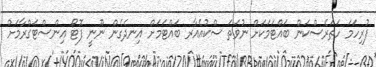
ފުރިހަމަ ހަތަރެސްކަން ބައްޓަމަކަށް ނުވަތަ ސްކުއެއާރ ބައްޓަމަށް އިނދެގެން ނޫނީ ފޮޓޯ އިންސްޓަގްރާމަށް